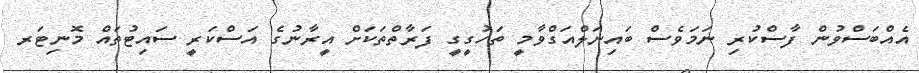
އެއްބަސްވުން ފާސްކުރި ނަމަވެސް ބައިނަލްއަގްވާމީ ތަހުގީގީ ފަރާތްތަކަށް އީރާނުގެ އަސްކަރީ ސައިޓުތައް މޮނިޓަރ